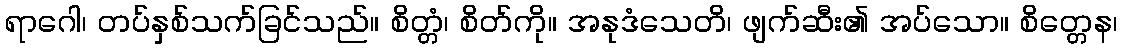
ရာဂေါ၊ တပ်နှစ်သက်ခြင်သည်။ စိတ္တံ၊ စိတ်ကို။ အနုဒံသေတိ၊ ဖျက်ဆီး၏ အပ်သော။ စိတ္တေန၊